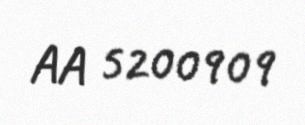
AA 5200909